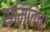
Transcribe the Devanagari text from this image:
समितिचा